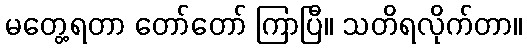
မတွေ့ရတာ တော်တော် ကြာပြီ။ သတိရလိုက်တာ။